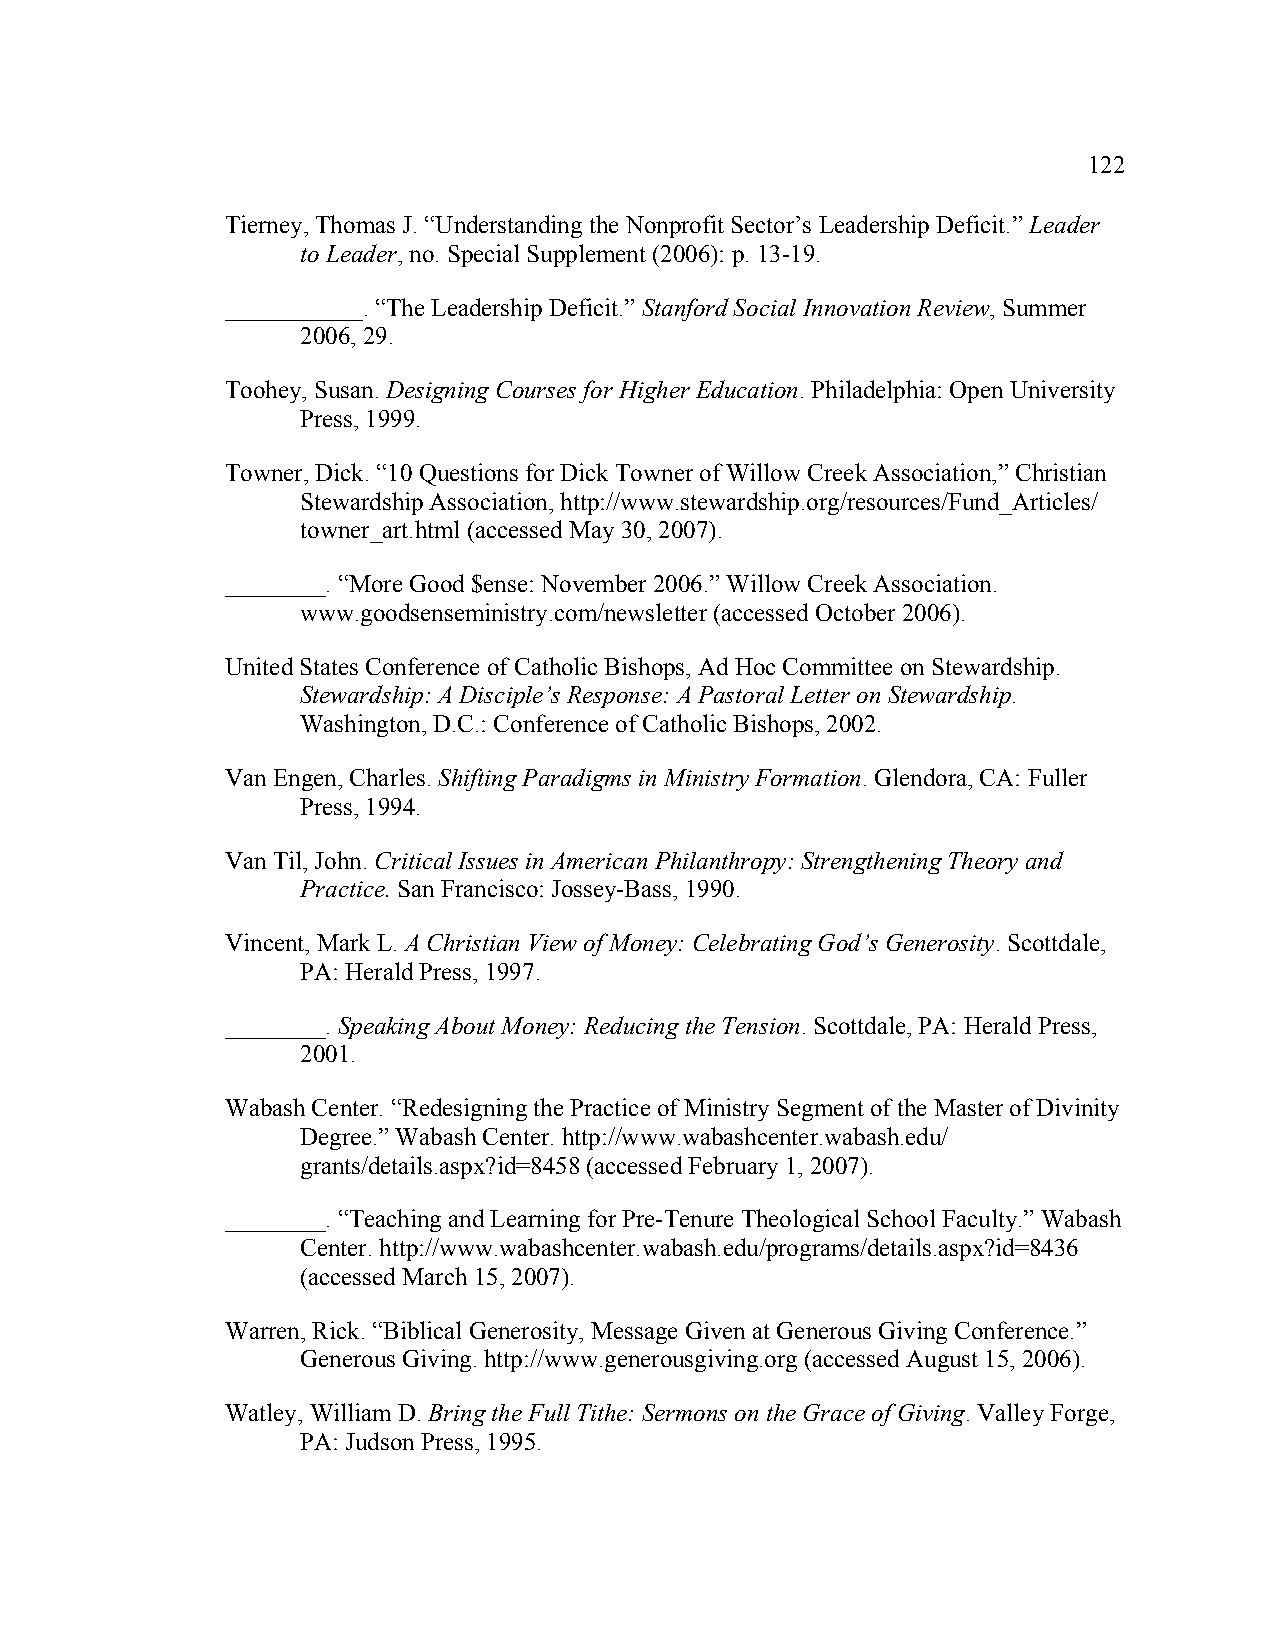
122
 Tierney, Thomas J. “Understanding the Nonprofit Sector’s Leadership Deficit.” Leader
 to Leader, no. Special Supplement (2006): p. 13-19.
 ___________. “The Leadership Deficit.” Stanford Social Innovation Review, Summer
 2006, 29.
 Toohey, Susan. Designing Courses for Higher Education. Philadelphia: Open University
 Press, 1999.
 Towner, Dick. “10 Questions for Dick Towner of Willow Creek Association,” Christian
 Stewardship Association, http://www.stewardship.org/resources/Fund_Articles/
 towner_art.html (accessed May 30, 2007).
 ________. “More Good $ense: November 2006.” Willow Creek Association.
 www.goodsenseministry.com/newsletter (accessed October 2006).
 United States Conference of Catholic Bishops, Ad Hoc Committee on Stewardship.
 Stewardship: A Disciple’s Response: A Pastoral Letter on Stewardship.
 Washington, D.C.: Conference of Catholic Bishops, 2002.
 Van Engen, Charles. Shifting Paradigms in Ministry Formation. Glendora, CA: Fuller
 Press, 1994.
 Van Til, John. Critical Issues in American Philanthropy: Strengthening Theory and
 Practice. San Francisco: Jossey-Bass, 1990.
 Vincent, Mark L. A Christian View of Money: Celebrating God’s Generosity. Scottdale,
 PA: Herald Press, 1997.
 ________. Speaking About Money: Reducing the Tension. Scottdale, PA: Herald Press,
 2001.
 Wabash Center. “Redesigning the Practice of Ministry Segment of the Master of Divinity
 Degree.” Wabash Center. http://www.wabashcenter.wabash.edu/
 grants/details.aspx?id=8458 (accessed February 1, 2007).
 ________. “Teaching and Learning for Pre-Tenure Theological School Faculty.” Wabash
 Center. http://www.wabashcenter.wabash.edu/programs/details.aspx?id=8436
 (accessed March 15, 2007).
 Warren, Rick. “Biblical Generosity, Message Given at Generous Giving Conference.”
 Generous Giving. http://www.generousgiving.org (accessed August 15, 2006).
 Watley, William D. Bring the Full Tithe: Sermons on the Grace of Giving. Valley Forge,
 PA: Judson Press, 1995.